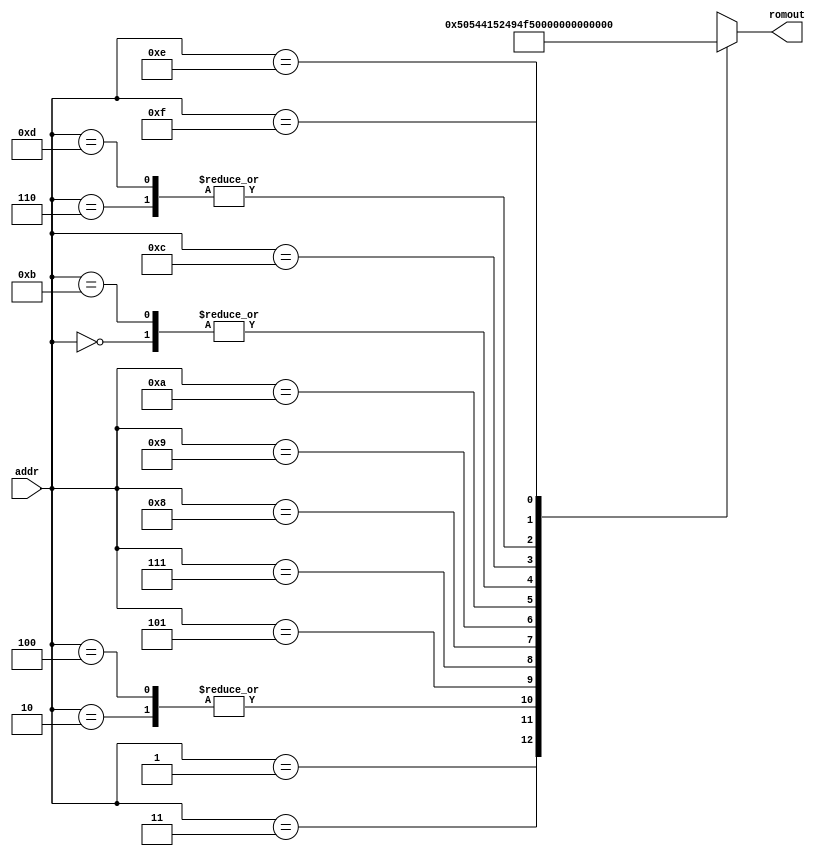
module ROM16x8(input[3:0] addr, output reg[7:0] romout);
	wire[7:0] memorie[0:15];
	
	assign memorie[0] = "S";
	assign memorie[1] = "P";
	assign memorie[2] = "A";
	assign memorie[3] = "T";
	assign memorie[4] = "A";
	assign memorie[5] = "R";
	assign memorie[6] = "U";
	assign memorie[7] = "I";
	assign memorie[8] = "O";
	assign memorie[9] = "N";
	assign memorie[10] = "E";
	assign memorie[11] = "S";
	assign memorie[12] = "C";
	assign memorie[13] = "U";
	assign memorie[14] = "B";
	assign memorie[15] = 56;
	
	always@(addr) begin
		romout <= memorie[addr];
	end
endmodule